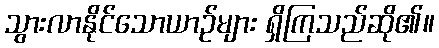
သွားလာနိုင်သောယာဉ်များ ရှိကြသည်ဆို၏။